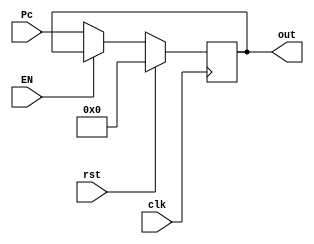
module pc_register(input [31:0] Pc, input clk, rst, EN, output reg[31:0] out);

	always@(posedge clk)begin
		if(rst)
			out <= 32'b0;
		else if(~EN) // because of the bubble in the datapath
			out <= Pc;
		else
			out <= out;
	end
		
endmodule